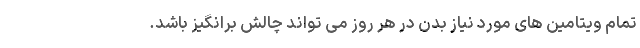
تمام ویتامین های مورد نیاز بدن در هر روز می تواند چالش برانگیز باشد.